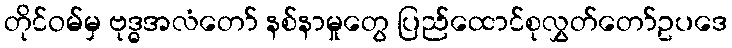
တိုင်ဝမ်မှ ဗုဒ္ဓအလံတော် နစ်နာမှုတွေ ပြည်ထောင်စုလွှတ်တော်ဥပဒေ